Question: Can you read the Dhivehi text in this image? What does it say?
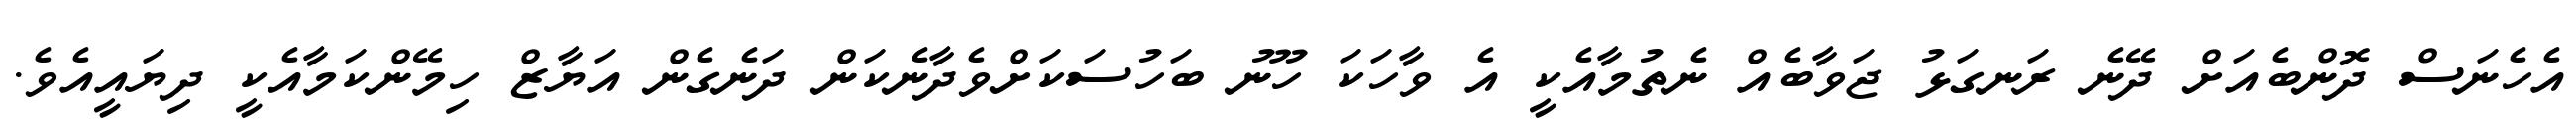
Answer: އެހެނަސް ދޮންބެއަށް ދޭނެ ރަނގަޅު ޖަވާބެއް ނެތުމާއެކީ އެ ވާހަކަ ހޫނު ބަހުސަކަށްވެދާނެކަން ދަނެގެން އަޔާޒް ހިމޭންކަމާއެކީ ދިޔައީއެވެ.